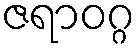
ဇရာဝဂ္ဂ